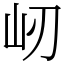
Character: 屻